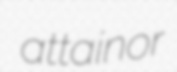
attainor